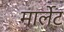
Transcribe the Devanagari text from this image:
मार्लेट